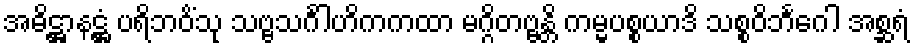
အဓိဋ္ဌာနဋ္ဌံ ပရိဘဝိံသု သဗ္ဗသင်္ဂါဟိကကထာ မဂ္ဂိတဗ္ဗန္တိ ကမ္မပစ္စယာဒိ သစ္စဝိဘင်္ဂေါ အစ္ဆရံ